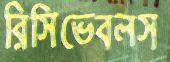
রিসিভেবলস